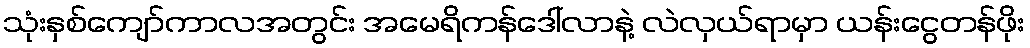
သုံးနှစ်ကျော်ကာလအတွင်း အမေရိကန်ဒေါ်လာနဲ့ လဲလှယ်ရာမှာ ယန်းငွေတန်ဖိုး